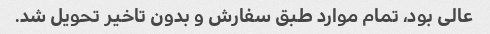
عالی بود، تمام موارد طبق سفارش و بدون تاخیر تحویل شد.